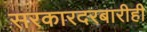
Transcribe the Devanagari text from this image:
सरकारदरबारीही